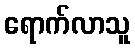
ရောက်လာသူ